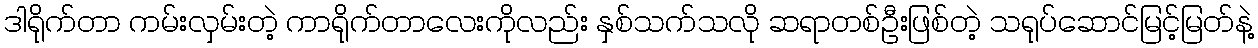
ဒါရိုက်တာ ကမ်းလှမ်းတဲ့ ကာရိုက်တာလေးကိုလည်း နှစ်သက်သလို ဆရာတစ်ဦးဖြစ်တဲ့ သရုပ်ဆောင်မြင့်မြတ်နဲ့